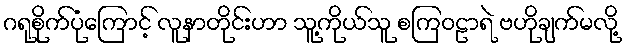
ဂရုစိုက်ပုံကြောင့် လူနာတိုင်းဟာ သူ့ကိုယ်သူ စကြဝဠာရဲ ဗဟိုချက်မလို့